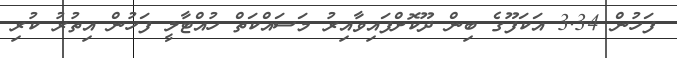
ފަހުން 3.34 އަކަފޫގެ ބިން ދޫކޮށްފައިވާއިރު މަސައްކަތް ހުއްޓާލީ ފަހުން އިތުރު ކުރި